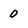
Character: 0